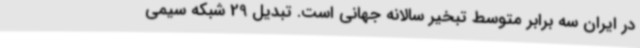
در ایران سه برابر متوسط تبخیر سالانه جهانی است. تبدیل 29 شبکه سیمی